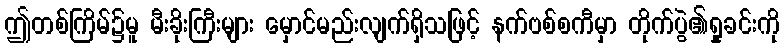
ဤတစ်ကြိမ်၌မူ မီးခိုးကြီးများ မှောင်မည်းလျက်ရှိသဖြင့် နက်ဗစ်စကီမှာ တိုက်ပွဲ၏ရှုခင်းကို